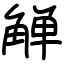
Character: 觯